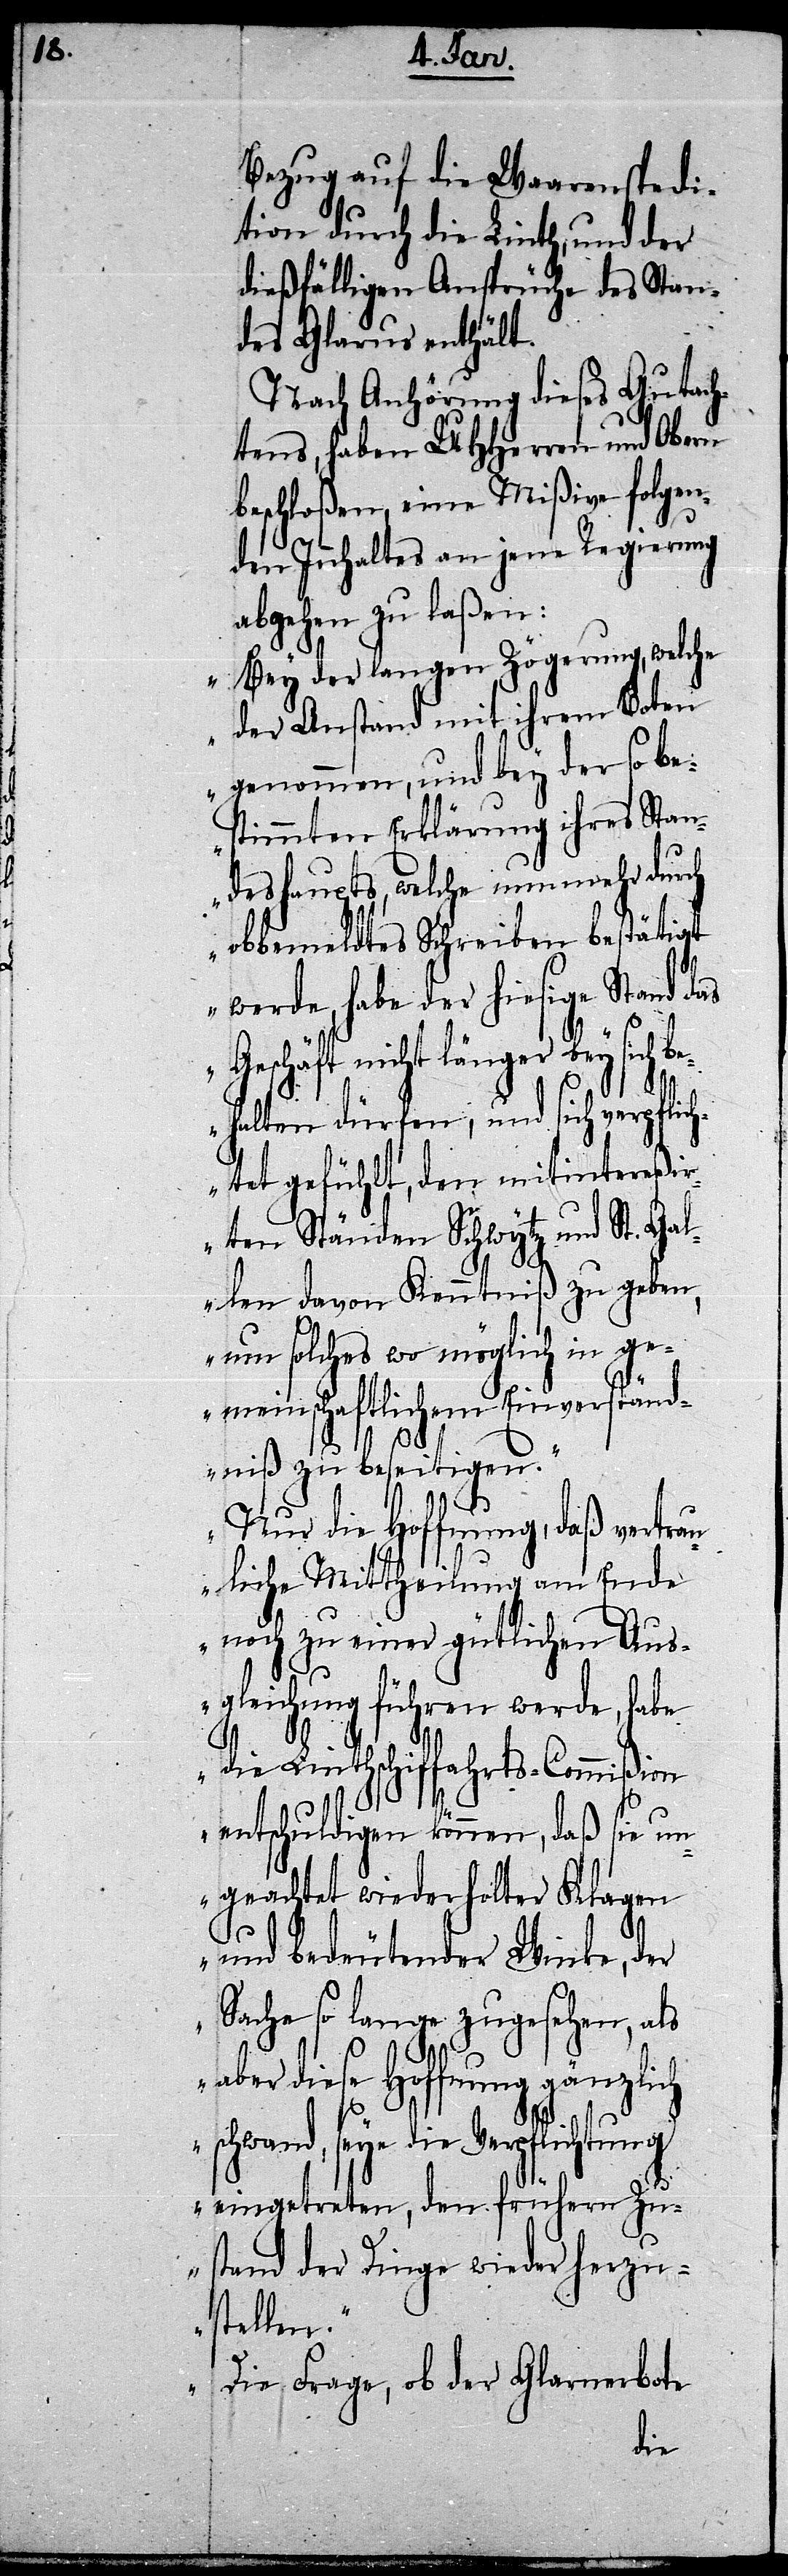
Bezug auf die Waarenspedi¬
tion durch die Linth, und der
dießfälligen Ansprüche des Stan¬
des Glarus enthält.
Nach Anhörung dieses Gutach¬
tens, haben UHHerren und Obern
beschloßen, eine Mißive folgen¬
den Inhaltes an jene Regierung
abgehen zu laßen:
„Bey der langen Zögerung, welche
der Anstand mit ihrem Boten
genommen, und bey der so be¬
stimmten Erklärung ihres Stan¬
deshaupts, welche nunmehr durch
obbemeldtes Schreiben bestätigt
werde, habe der hiesige Stand das
Geschäft nicht länger bey sich b¬
ehalten dürfen, und sich verpflich¬
tet gefühlt, den mitintereßi¬
rten Ständen Schwytz und St. Gal¬
len davon Kenntniß zu geben,
um solches wo möglich in ge¬
meinschaftlichem Einverständ¬
niß zu beseitigen.“
„Nur die Hoffnung, daß vertrau¬
liche Mittheilung am Ende
noch zu einer gütlichen Aus¬
gleichung führen werde, habe
die Linthschiffahrts-Commißion
entschuldigen können, daß sie un¬
geachtet wiederholter Klagen
und bedeutender Winke, der
Sache so lange zugesehen, als
aber diese Hoffnung gänzlich
schwand, seye die Verpflichtung
eingetreten, den frühern Zu¬
stand der Dinge wieder herzu¬
stellen.“
„Die Frage, ob der Glarnerbote